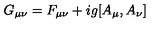
G _ { \mu \nu } = F _ { \mu \nu } + i g [ A _ { \mu } , A _ { \nu } ]